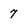
Character: 7